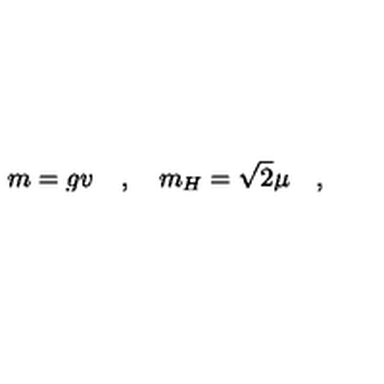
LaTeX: m = g v \quad , \quad m _ { H } = \sqrt { 2 } \mu \quad ,